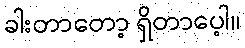
ခါးတာတော့ ရှိတာပေ့ါ။